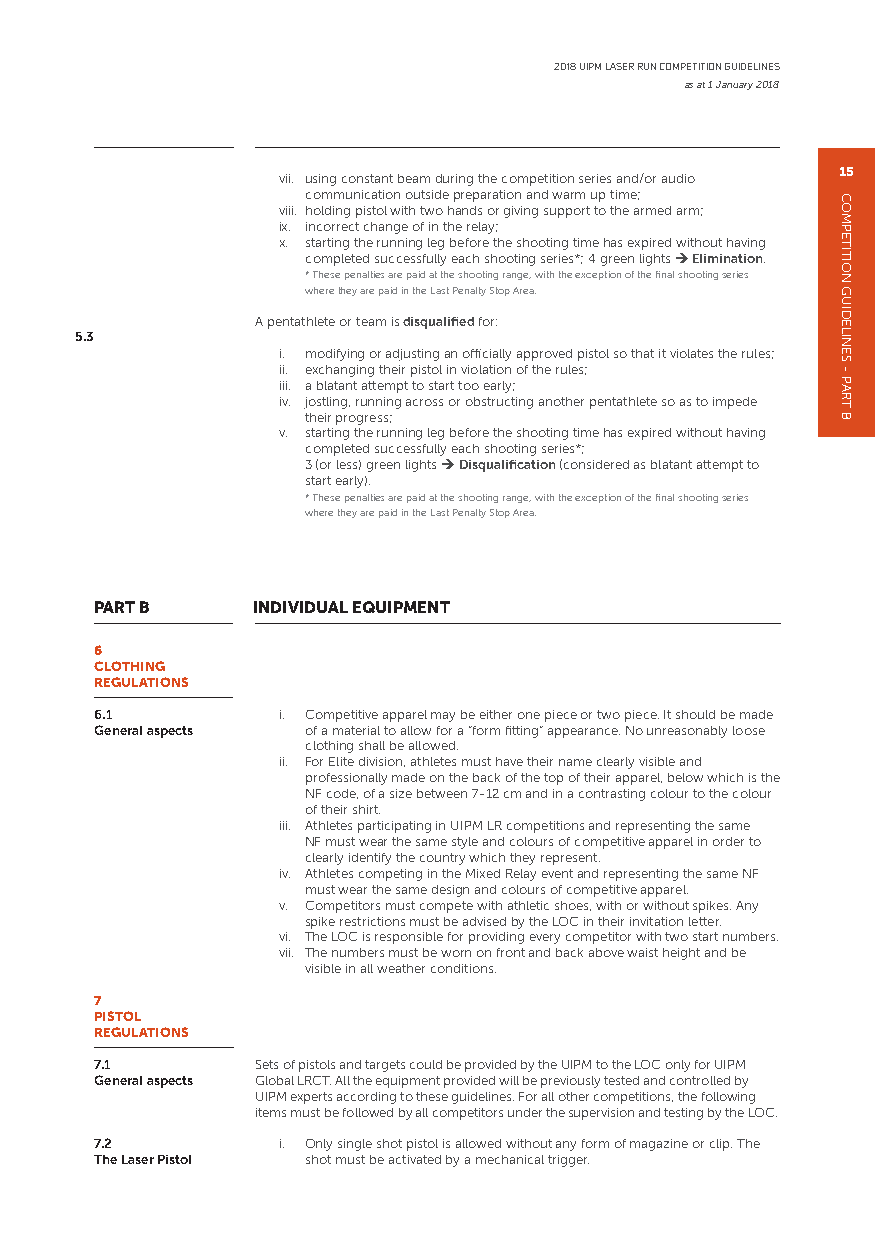
2018 UIPM LASER RUN COMPETITION GUIDELINES
 as at 1 January 2018
 15
 vii. using constant beam during the competition series and/or audio
 communication outside preparation and warm up time;
 viii. holding pistol with two hands or giving support to the armed arm;
 ix. incorrect change of in the relay;
 x. starting the running leg before the shooting time has expired without having
 completed successfully each shooting series*; 4 green lights  Elimination.
 * These penalties are paid at the shooting range, with the exception of the final shooting series
 where they are paid in the Last Penalty Stop Area.
 A pentathlete or team is disqualified for:
 5.3
 i. modifying or adjusting an officially approved pistol so that it violates the rules;
 ii. exchanging their pistol in violation of the rules;
 iii. a blatant attempt to start too early;
 iv. jostling, running across or obstructing another pentathlete so as to impede
 their progress;
 v. starting the running leg before the shooting time has expired without having
 completed successfully each shooting series*;
 3 (or less) green lights  Disqualification (considered as blatant attempt to
 start early).
 * These penalties are paid at the shooting range, with the exception of the final shooting series
 where they are paid in the Last Penalty Stop Area.
 PART B     INDIVIDUAL EQUIPMENT
 6
 CLOTHING
 REGULATIONS
 6.1         i. Competitive apparel may be either one piece or two piece. It should be made
 General aspects of a material to allow for a “form fitting” appearance. No unreasonably loose
 clothing shall be allowed.
 ii. For Elite division, athletes must have their name clearly visible and
 professionally made on the back of the top of their apparel, below which is the
 NF code, of a size between 7-12 cm and in a contrasting colour to the colour
 of their shirt.
 iii. Athletes participating in UIPM LR competitions and representing the same
 NF must wear the same style and colours of competitive apparel in order to
 clearly identify the country which they represent.
 iv. Athletes competing in the Mixed Relay event and representing the same NF
 must wear the same design and colours of competitive apparel.
 v. Competitors must compete with athletic shoes, with or without spikes. Any
 spike restrictions must be advised by the LOC in their invitation letter.
 vi. The LOC is responsible for providing every competitor with two start numbers.
 vii. The numbers must be worn on front and back above waist height and be
 visible in all weather conditions.
 7
 PISTOL
 REGULATIONS
 7.1        Sets of pistols and targets could be provided by the UIPM to the LOC only for UIPM
 General aspects Global LRCT. All the equipment provided will be previously tested and controlled by
 UIPM experts according to these guidelines. For all other competitions, the following
 items must be followed by all competitors under the supervision and testing by the LOC.
 7.2         i. Only single shot pistol is allowed without any form of magazine or clip. The
 The Laser Pistol shot must be activated by a mechanical trigger.
 COMPETITION
 GUIDELINES
 -
 PART
 B